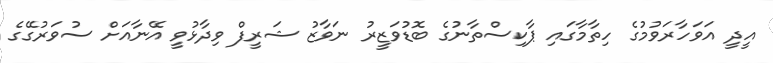
އީދީ އަވަހާރަވުމުގެ ހިތާމާގައި ޕާކިސްތާނުގެ ބޮޑުވަޒީރު ނަވާޒު ޝަރީފް ވިދާޅުވީ އޭނާއަށް ސުވަރުގޭގެ